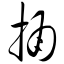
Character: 捅